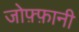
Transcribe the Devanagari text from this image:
जोफ़्फ़ानी